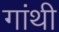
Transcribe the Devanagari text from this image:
गांथी